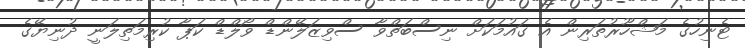
ޓެނިހުގެ މަޝްހޫރުތަރިން އެ ގައުމަކަށް ނިސްބަތްވާ ސްވިޒަލޭންޑް ވޯލްޑް ކަޕާ ކުރިމަތިލަނީ ދުނިޔޭގެ